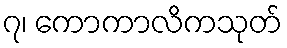
၇၊ ကောကာလိကသုတ်